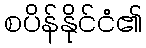
စပိန်နိုင်ငံ၏